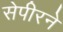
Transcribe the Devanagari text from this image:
सेपीरने